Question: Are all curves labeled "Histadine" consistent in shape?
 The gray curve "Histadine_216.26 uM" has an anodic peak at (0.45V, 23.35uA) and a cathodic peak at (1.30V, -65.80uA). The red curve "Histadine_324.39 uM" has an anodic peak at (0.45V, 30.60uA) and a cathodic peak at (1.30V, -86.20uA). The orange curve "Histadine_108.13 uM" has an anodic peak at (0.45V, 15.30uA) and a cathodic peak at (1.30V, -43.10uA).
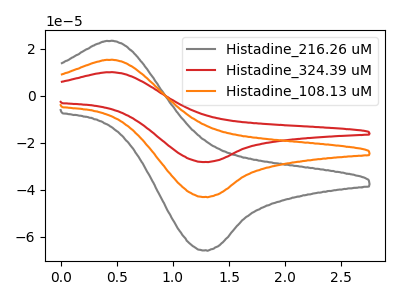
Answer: <think>All the peaks in "Histadine_216.26 uM" have a peak in "Histadine_324.39 uM" at the same potential. Every peak in "Histadine_216.26 uM" is lower than every peak in "Histadine_324.39 uM". All the peaks in "Histadine_216.26 uM" have a peak in "Histadine_108.13 uM" at the same potential. Every peak in "Histadine_216.26 uM" is higher than every peak in "Histadine_108.13 uM". All the peaks in "Histadine_324.39 uM" have a peak in "Histadine_108.13 uM" at the same potential. Every peak in "Histadine_324.39 uM" is higher than every peak in "Histadine_108.13 uM".
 </think>
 <answer>All the CV's of "Histadine" have similar shape.</answer>
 <eval>follow_rule</eval>